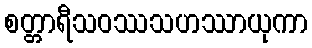
စတ္တာရီသဝဿသဟဿာယုကာ